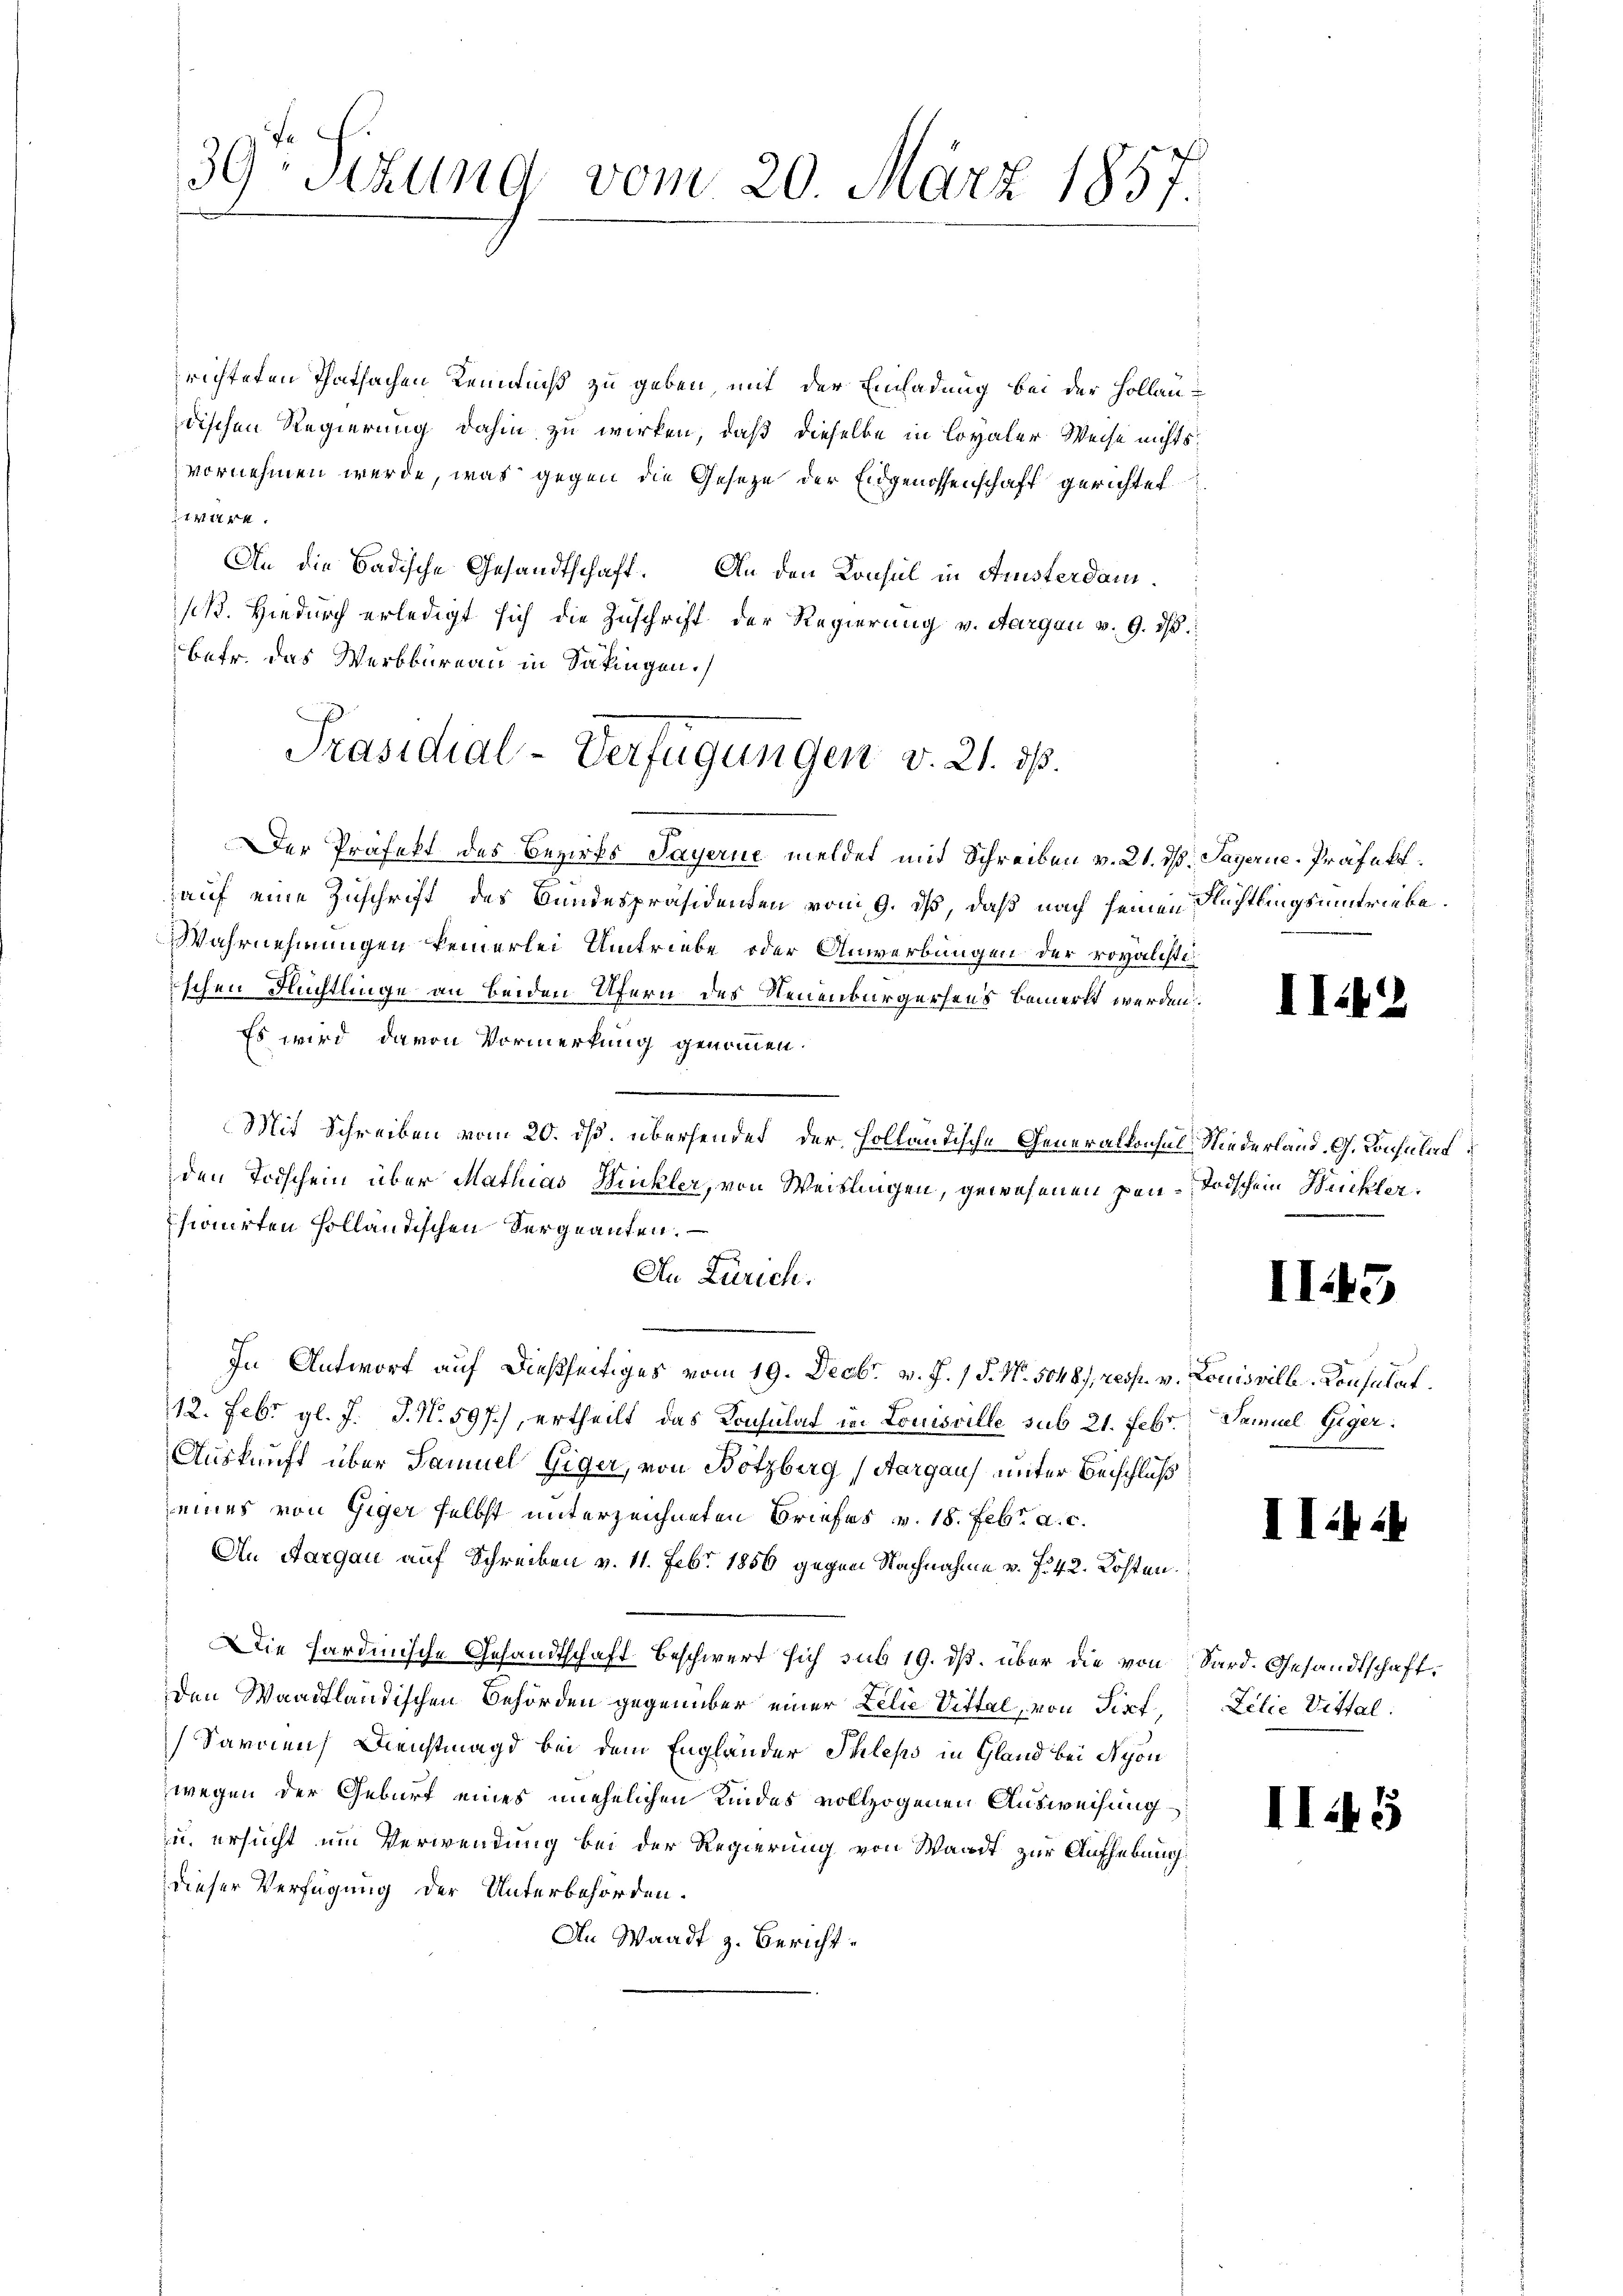
39: Sitzung vom 20. März 1857.

richteten Thatsachen Kenntniß zu geben, mit der Einladung bei der Hollaudischen Regierung dahin zu wirken, daß dieselbe in loyaler Weise nichtsvornehmen werde, was gegen die Gesetze der Eidgenossenschaft gerichtet
ire.
An die Badische Gesandtschaft. An den Konsul in Ansterdan¬
/B. Hiedurch erledigt sich die Zuschrift der Regierung v. Aargau v. 9. dβ
betr. das Werkbureau in Säkingen.
Der Präfekt des Bezirks Sayerne meldet mit Schreiben v. 21. ds. Payerne-Präfekt.
auf eine Zuschrift des Bundespräsidenten vom 9. ds, daß nach seinen Rechtlingsumstriebe.
Wahrnehmungen keinerlei Umtriebe oder Anwerbungen der royalistiischen Flüchtlinge an beiden Ufern des Neuenburgersens bemerkt werden.
Es wird davon Vormerkung genommen.
Mit Schreiben vom 20. ds. übersendet, der Holländische Generalkonsul Niederland. G. Konsulat
den Todschein über Mathias Wickler, von Weistlingen, gewesenen pen-Todschein Weckler
sionirten Holländischen Vergeanten.
An Zürich.
In Antwort auf dießseitiges vom 19. Decbr. v. J. / P. Nr. 5048/, resp. v. Louisvill - Consulat
12. Febr. gl. J. J. N. 597.), ertheilt das Konsulat in Louisville sub 21. Febr. Samuel Giger
Auskunft über Samuel Giger, von Botzberg (Aargau unter Beschluß
eines von Giger selbst unterzeichneten Briefes v. 18. Febr. a. c.
An Aargau auf Schreiben v. 11. Febr. 1856 gegen Nachnahme v. f. 42. Kosten.
Die hardinische Gesandtschaft beschwert sich sub 19. dβ über die von Sard. Gesandtschaft,
den Waadtländischen Behörden gegenüber einer Lilie Sittel, von Pist, Lilie Vittal:
Sarden Dienstmagd bei dem Engländer Ihleps in Gland bei Nyon
wegen der Geburt eines unehelichen Kindes vollzogenen Ausweisung
u. ersucht um Verwendung bei der Regierung von Waadt zur Aufhebung
dieser Verfügung der Unterbehörden.
An Waadt z. Bericht

Präsidial-Verfügungen v. 21. ds.

II.

II.

II.)

1